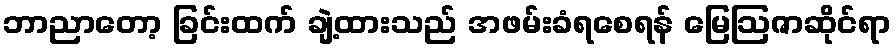
ဘာညာတော့ ခြင်းထက် ချဲ့ထားသည် အဖမ်းခံရစေရန် မြေဩဇာဆိုင်ရာ